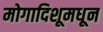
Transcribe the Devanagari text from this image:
मोगादिशूमधून